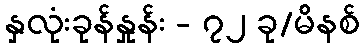
နှလုံးခုန်နှုန်း - ၇၂ ခု/မိနစ်